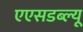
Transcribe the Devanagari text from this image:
एएसडब्ल्यू